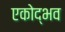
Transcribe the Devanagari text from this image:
एकोद्भव